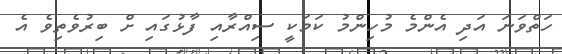
ހަތްވަނަ އަދި އެންމެ މުހިންމު ކަމަކީ ސިއްރާއި ފާޅުގައި ށް ބިރުވެތިވެ އެ